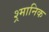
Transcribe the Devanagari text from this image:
श्र्मानिक